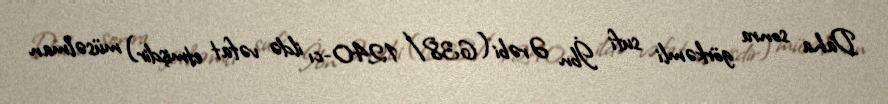
Daha sonra görkəmli sufi İbn Ərəbi (638/1240-cı ildə vəfat etmişdir) müsəlman